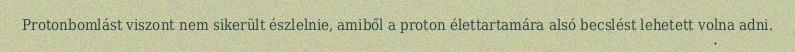
Protonbomlást viszont nem sikerült észlelnie, amiből a proton élettartamára alsó becslést lehetett volna adni.